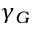
\gamma _ { G }